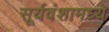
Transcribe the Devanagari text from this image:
सूर्यवंशामध्ये